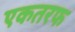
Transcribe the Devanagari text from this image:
एकतरफ